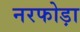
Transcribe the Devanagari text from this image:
नरफोड़ा